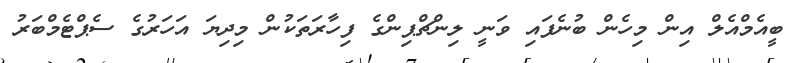
ބީއެމްއެލް އިން މިހެން ބުނެފައި ވަނީ ލިންޗްޕިންގެ ފިހާރަތަކުން މިދިޔަ އަހަރުގެ ސެޕްޓެމްބަރު